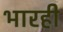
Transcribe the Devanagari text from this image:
भारही